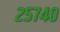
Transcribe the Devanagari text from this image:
२५७४०